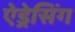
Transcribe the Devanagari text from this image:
ऐड्रेसिंग